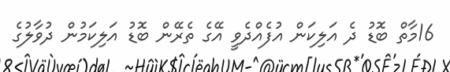
16މާތް ބޮޑު ދެ އަލިކަން އުފެއްދެވީ އޭގެ ތެރޭން ބޮޑު އަލިކަމުން ދުވާލުގެ